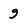
Character: 9